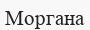
Моргана